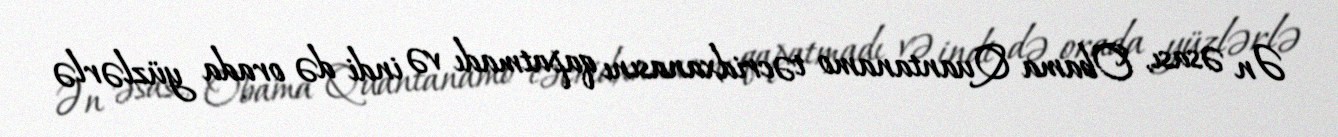
Ən əsası, Obama Quantanamo təcridxanasını qapatmadı və indi də orada yüzlərlə